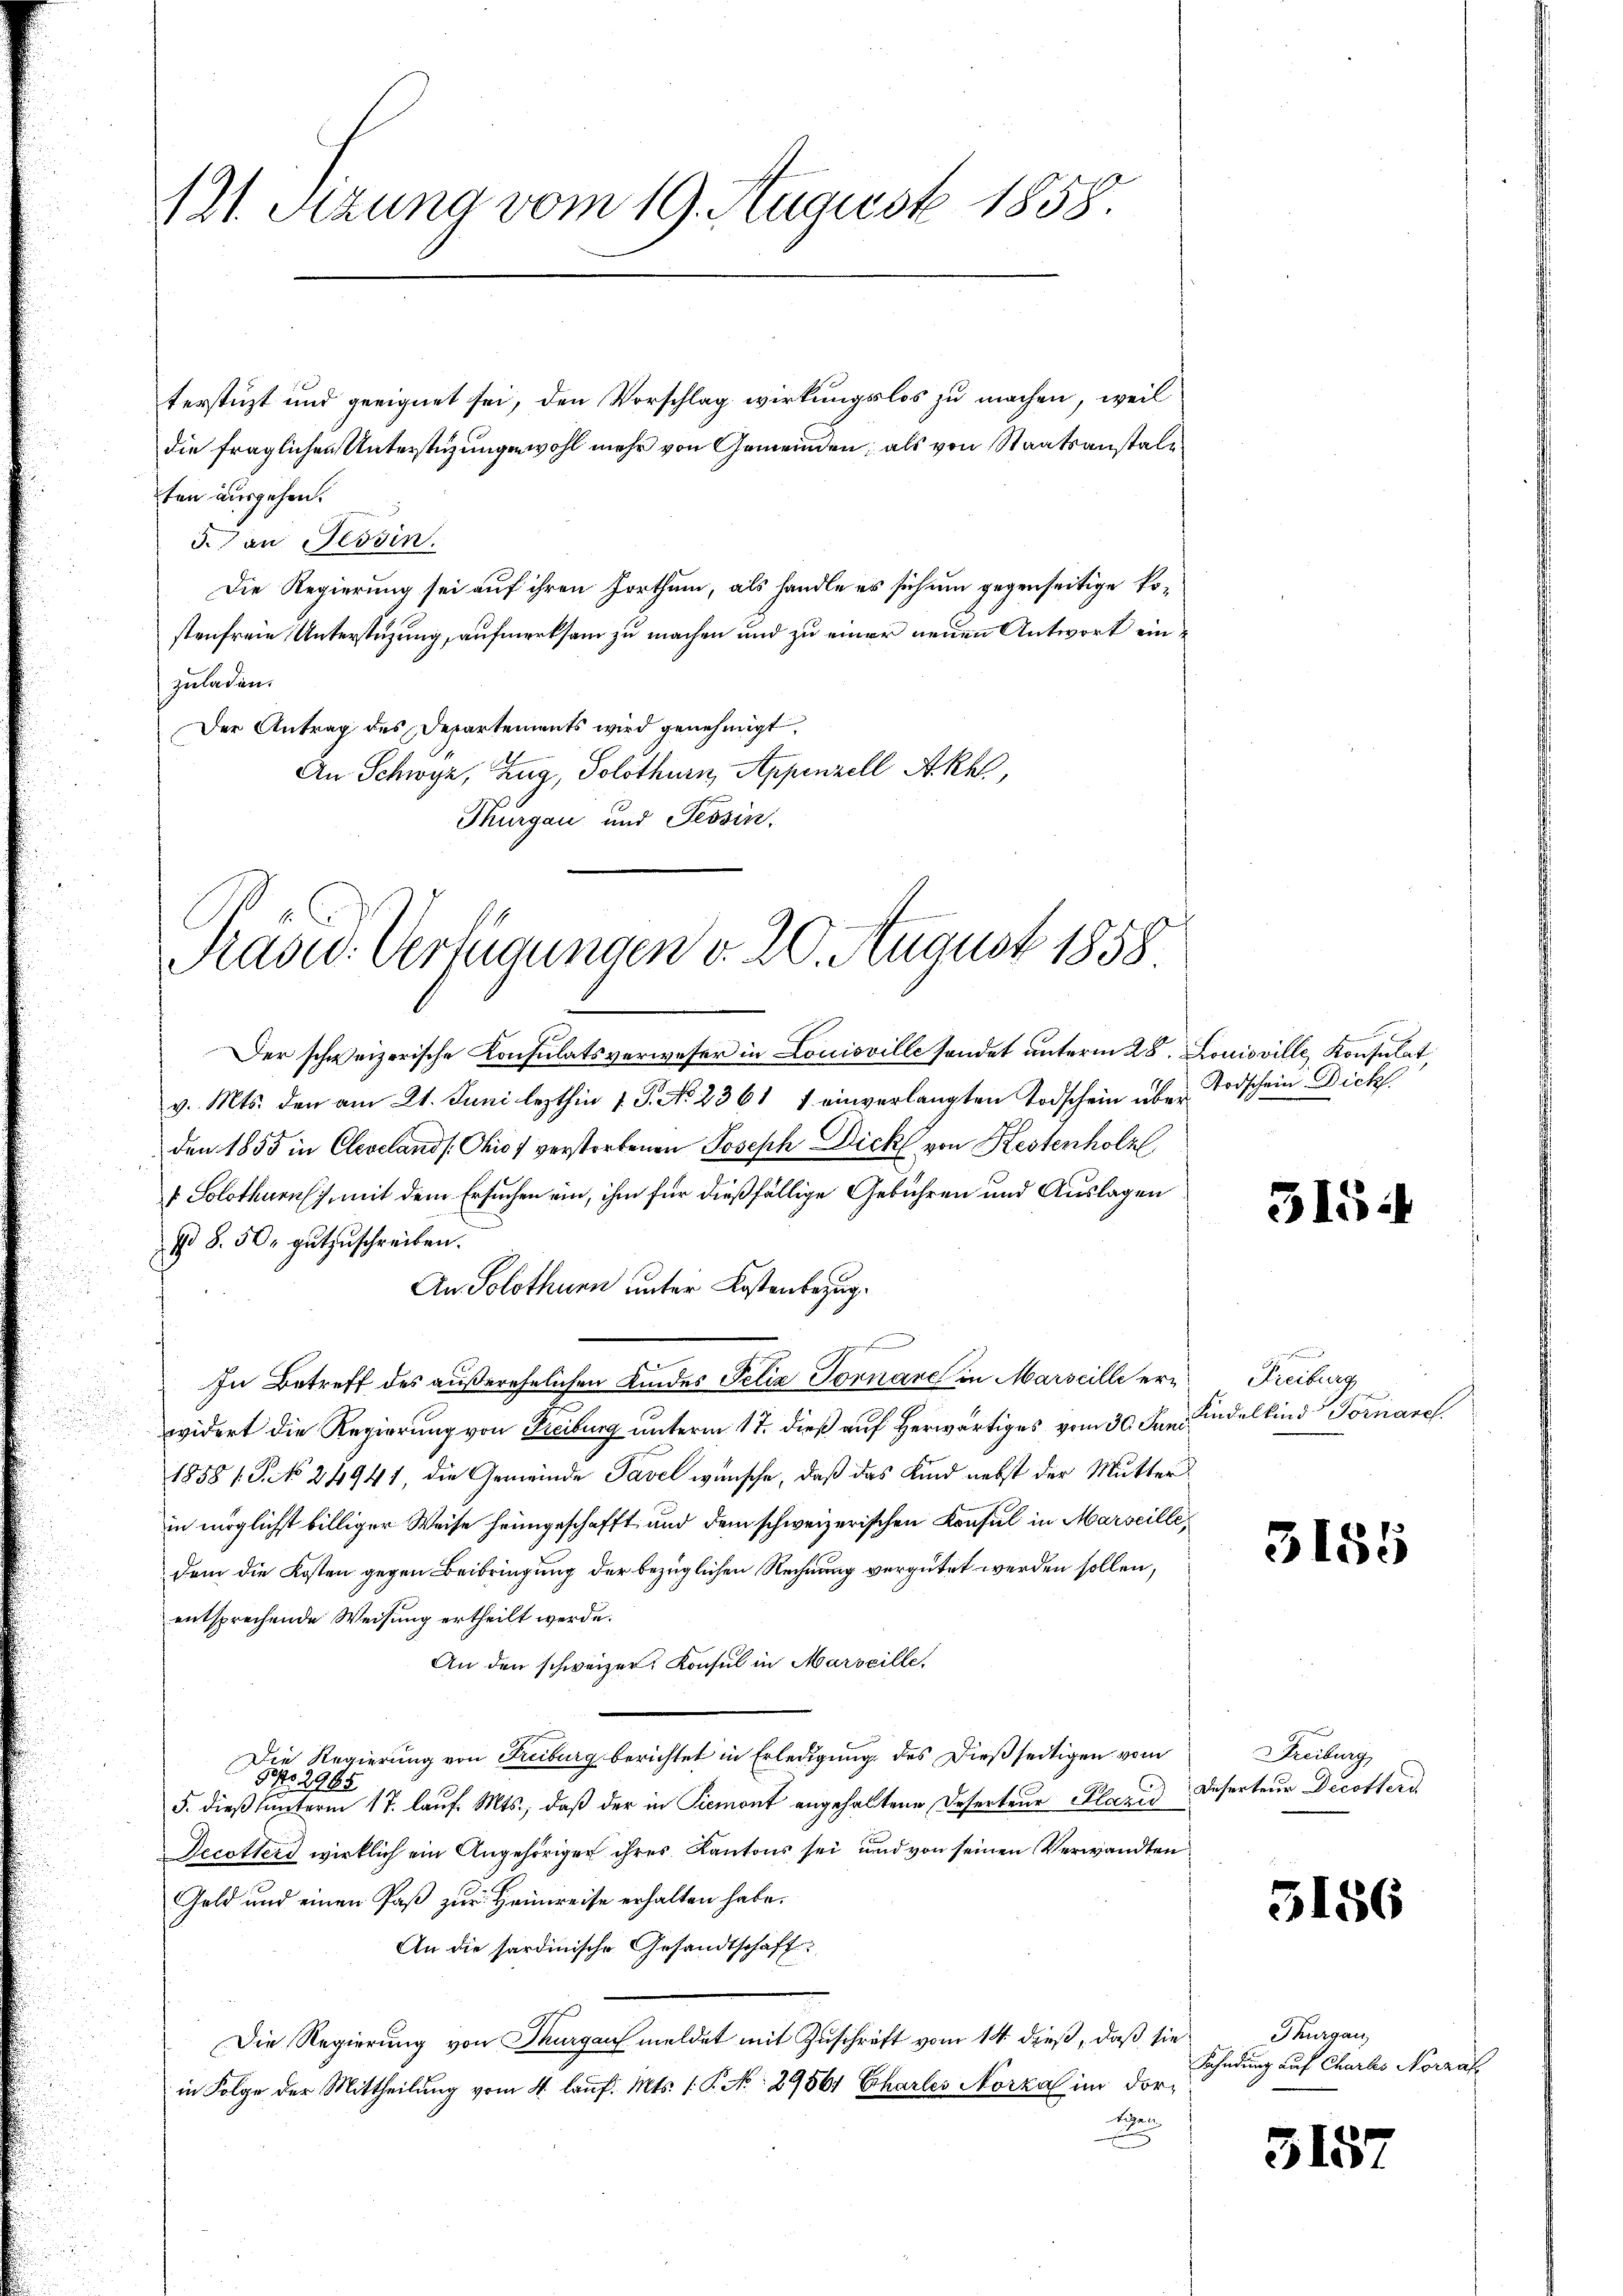
(21. Sitzung vom 19. August 1858.

ten ausgehen.
3. an Tessin.
Die Regierung sei auf ihren Irrthum, als handle es sich um gegenseitige Kostenfreie Unterstüzung, aufmerksam zu machen und zu einer neuen Antwort einzuladen.
Der Antrag des Departements wird genehmigt.
An Schwyz, Zug, Solothurn, Appenzell Akhl,
Thurgau und Tessin.

terstüzt und geeignet sei, den Vorschlag wirkungslos zu machen, weil

die fraglichen Unterstüzungen wohl mehr von Gemeinden; als von Staatsanstall¬

Prasid. Verfügungen d. 20. August 1858
2

Der schweizerische Konsulatsverweser in Louisville sondet unterm 28. Louisville, Konsulat
v. Mts. den am 21. Juni lezthin 1. J. No. 2361 1 einverlangten Todschein über Todschein Dick
den 1855 in Clevelands: Ohio) verstorbenen Joseph Dick von Kessenholz
 Solothurn, mit dem Ersuchen ein, ihm für dießfällige Gebühren und Auslagen
98. 50. gŭtzŭschreiben.
An Solothurn unter Kostenbezugn
In Betreff des außerehelichen Kindes Felix Tornare in Marseille erwidert die Regierung von Freiburg unterm 17. dieß auf herwärtiges vom 30. Den Andelkind Tomane
1858 f. P. No 24941, die Gemeinde Tavel wünsche, daß das Kind nebst der Mutter
in möglichst billiger Weise heimgeschafft und dem schweizerischen Konsul in Marseilledem die Kosten gegen Beibringung der bezüglichen Rechnung vergütet werden sollen,
entsprechende Weisung ertheilt werde.
An den schweizer Konsul in Marseille,
Die Regierung von Freiburg berichtet in Erledigung des Dießseitigen vom
502965
5. dieβ ŭnterm 17. laŭf. Mts., daß der in Piemont angehaltene Deserteur Klarii
Decotters wirklich ein Angehöriger ihres Kantons sei und von seinen Verwandten
Gold und einen Paß zur Heimreise erhalten habe.
An die sardinische Gesandtschaft
Die Regierung von Thurgau meldet mit Zuschrift vom 14. dieß, daß sie
in Folge der Mittheilung vom 4. lauf. Mts. 1. P. No. 29564 Charlei Norza im dortigen.
r
d

5154

e
Freiburg

3155

Freiburg
Deserteur Decotterd

5156

Thurgau,
Fahndung auf Charls Norzaf

5157